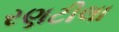
રણટીલા